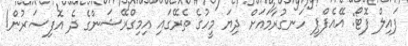
ފައިލް ފޮޓޯ: އޭއެފްޕީ ހަނގުރާމައަށް ދިޔަ މީހުގެ ތެރޭގައި އިމިގްރޭޝަންގެ ދެ އޮފިސަރުން!